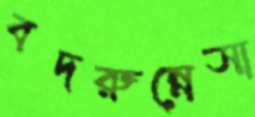
বদরুন্নেসা